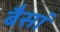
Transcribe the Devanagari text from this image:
बैसां